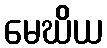
မေဃိယ